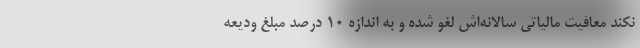
نکند معافیت مالیاتی سالانه‌اش لغو شده و به اندازه ۱۰ درصد مبلغ ودیعه